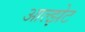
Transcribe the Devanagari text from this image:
आल्झेट